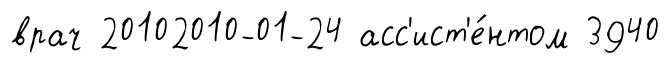
врач 20102010-01-24 асс'ист'е́нтом 3940